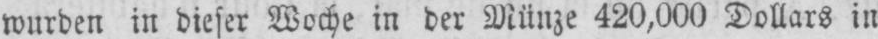
wurden in dieser Woche in der Münze 420,000 Dollars in